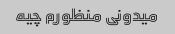
میدونی منظورم چیه